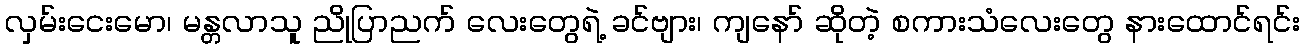
လှမ်းငေးမော၊ မန္တလာသူ ညိုပြာညက် လေးတွေရဲ့ ခင်ဗျား၊ ကျနော် ဆိုတဲ့ စကားသံလေးတွေ နားထောင်ရင်း